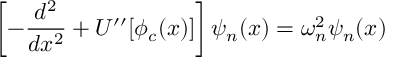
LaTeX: \left[ - \frac { d ^ { 2 } } { d x ^ { 2 } } + U ^ { \prime \prime } [ \phi _ { c } ( x ) ] \right] \psi _ { n } ( x ) = \omega _ { n } ^ { 2 } \psi _ { n } ( x )